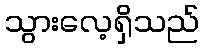
သွားလေ့ရှိသည်